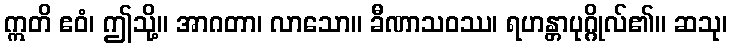
ဣတိ ဧဝံ၊ ဤသို့။ အာဂတာ၊ လာသော။ ခီဏာသဝဿ၊ ရဟန္တာပုဂ္ဂိုလ်၏။ ဆသု၊